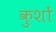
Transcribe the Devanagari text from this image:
कुशों